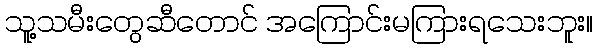
သူ့သမီးတွေဆီတောင် အကြောင်းမကြားရသေးဘူး။